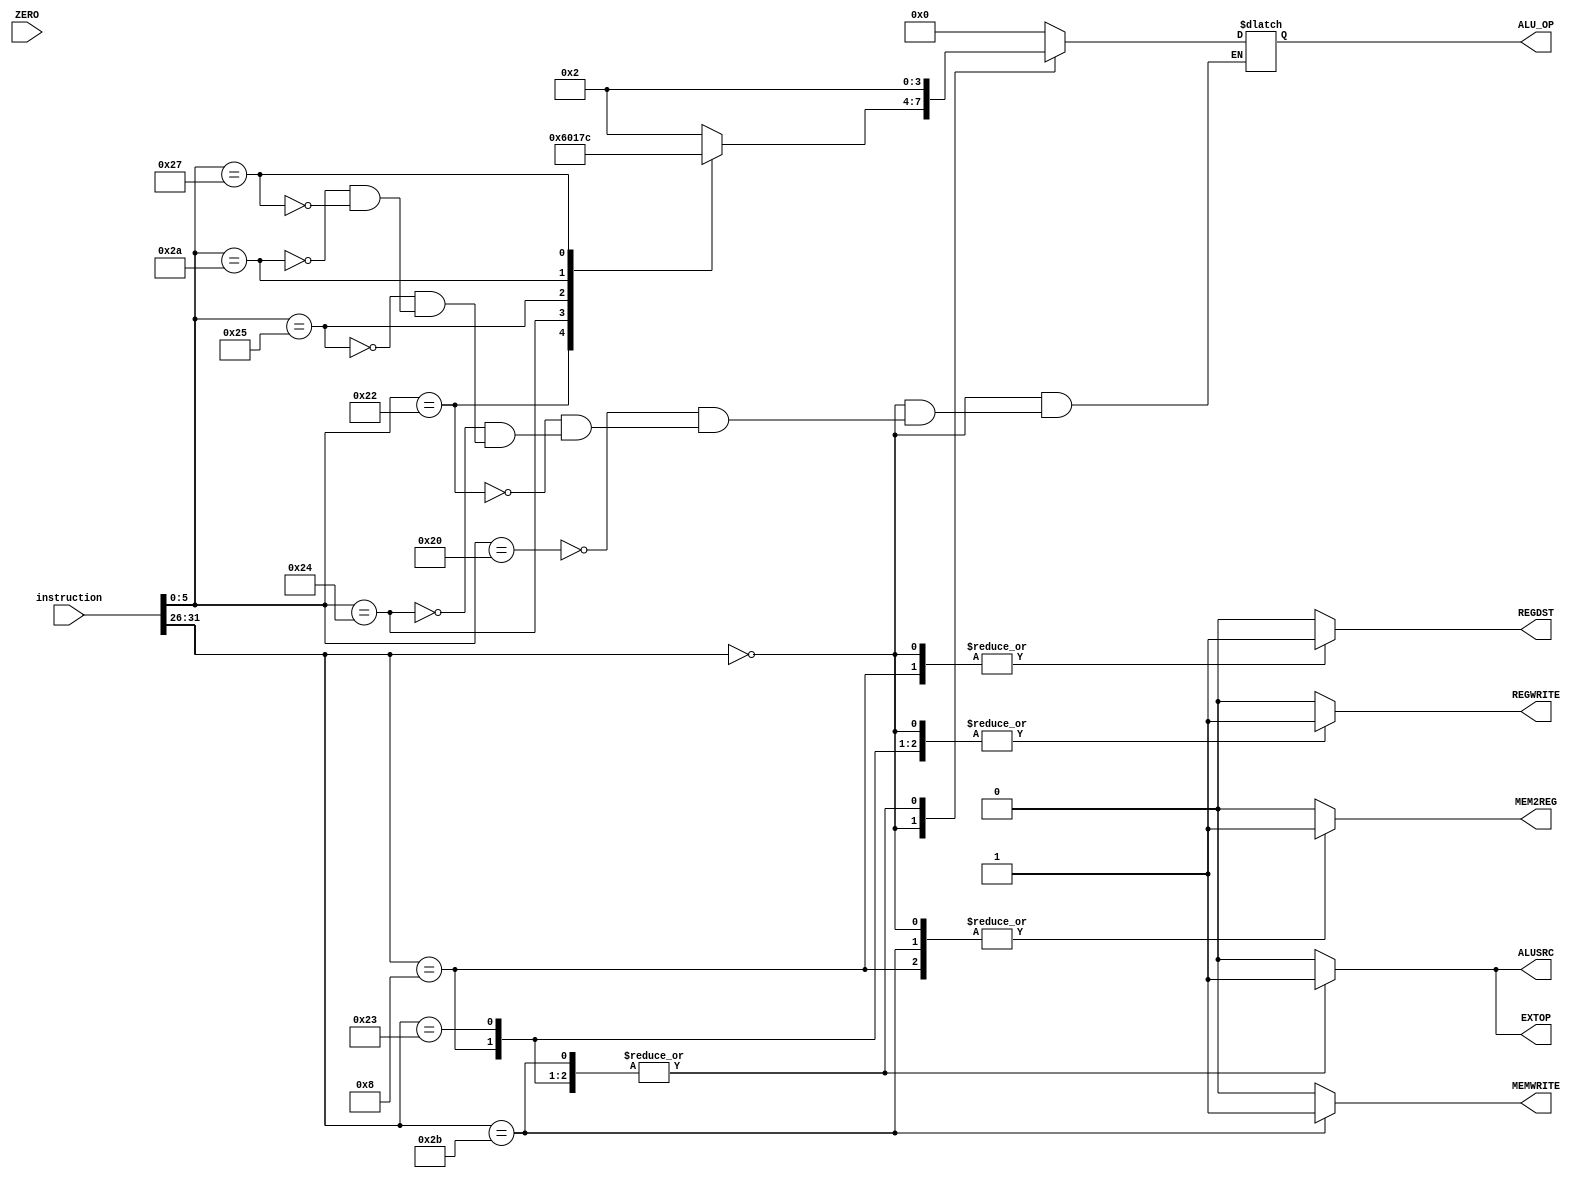
`timescale 1ns / 1ps

module Main_Control(
    input [31:0] instruction,
    input ZERO, // il vom folosi mai tarziu, la jump-uri
    output reg REGWRITE,
    output reg REGDST,
    output reg EXTOP,
    output reg ALUSRC,
    output reg [3:0] ALU_OP,
    output reg MEMWRITE,
    output reg MEM2REG
    );
    
    always@(instruction[31:26] or instruction[5:0])
        case(instruction[31:26]) // check opcode
            6'b000000: // R-TYPE
                begin
                REGDST = 1;
                REGWRITE = 1;
                EXTOP = 0;
                ALUSRC = 0;
                MEMWRITE = 0;
                MEM2REG = 1;
                    case(instruction[5:0])
                        6'b100000: ALU_OP = 4'b0010; // ADD
                        6'b100010: ALU_OP = 4'b0110; // SUB
                        6'b100100: ALU_OP = 4'b0000; // AND
                        6'b100101: ALU_OP = 4'b0001; // OR
                        6'b101010: ALU_OP = 4'b0111; // SLT 
                        6'b100111: ALU_OP = 4'b1100; // NOR
                    endcase
                end
             6'b001000: // I-TYPE ADDI
                begin
                    REGDST = 1;
                    REGWRITE = 1;
                    EXTOP = 1;
                    ALUSRC = 1;
                    MEMWRITE = 0;
                    MEM2REG = 1;
                    ALU_OP = 4'b0010; // ADD
                end
             6'b100011: // I-TYPE LW 
                begin
                    REGDST = 0;
                    REGWRITE = 1; //citesti din memorie si scrii in reg
                    EXTOP = 1;
                    ALUSRC = 1;
                    MEMWRITE = 0;
                    MEM2REG = 0;
                    ALU_OP = 4'b0010; // ADD (address + offset)
                end
             6'b101011: // I-TYPE SW 
                begin
                    REGDST = 0;
                    REGWRITE = 0;
                    EXTOP = 1;
                    ALUSRC = 1;
                    MEMWRITE = 1;
                    MEM2REG = 1;
                    ALU_OP = 4'b0010; // ADD (address + offset)
                end
             default: {REGDST, REGWRITE, EXTOP, ALUSRC, MEMWRITE, MEM2REG, ALU_OP} = {12{1'b0}};
        endcase
    
endmodule